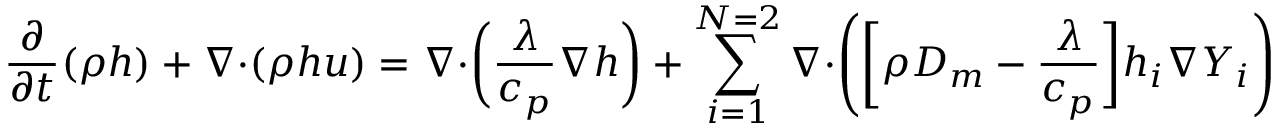
\frac { \partial } { \partial t } ( \rho h ) + \boldsymbol { \nabla \cdot } ( \rho h \boldsymbol { u } ) = \boldsymbol { \nabla \cdot } \bigg ( \frac { \lambda } { c _ { p } } \boldsymbol { \nabla } h \bigg ) + \sum _ { i = 1 } ^ { N = 2 } \boldsymbol { \nabla \cdot } \Bigg ( \bigg [ \rho D _ { m } - \frac { \lambda } { c _ { p } } \bigg ] h _ { i } \boldsymbol { \nabla } Y _ { i } \Bigg )